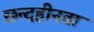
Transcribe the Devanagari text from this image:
छन्दहीनता